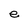
Character: e